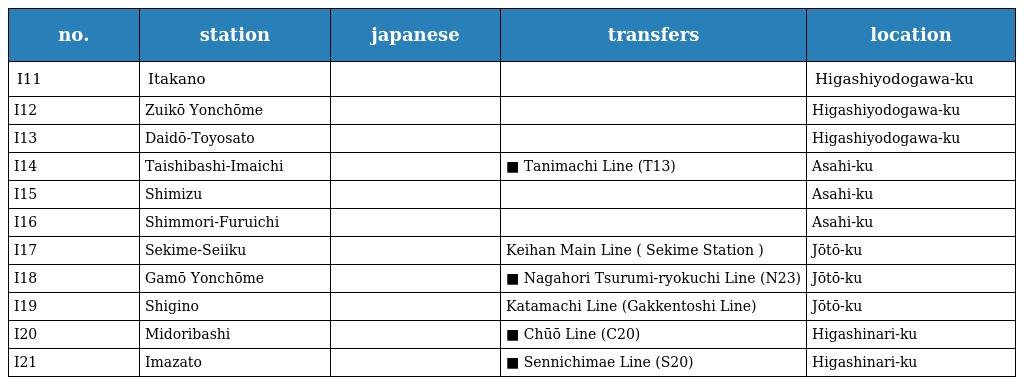
| no. | station | japanese | transfers | location |
 | --- | --- | --- | --- | --- |
 | I11 | Itakano | 井高野 |  | Higashiyodogawa-ku |
 | I12 | Zuikō Yonchōme | 瑞光四丁目 |  | Higashiyodogawa-ku |
 | I13 | Daidō-Toyosato | だいどう豊里 |  | Higashiyodogawa-ku |
 | I14 | Taishibashi-Imaichi | 太子橋今市 | ■ Tanimachi Line (T13) | Asahi-ku |
 | I15 | Shimizu | 清水 |  | Asahi-ku |
 | I16 | Shimmori-Furuichi | 新森古市 |  | Asahi-ku |
 | I17 | Sekime-Seiiku | 関目成育 | Keihan Main Line ( Sekime Station ) | Jōtō-ku |
 | I18 | Gamō Yonchōme | 蒲生四丁目 | ■ Nagahori Tsurumi-ryokuchi Line (N23) | Jōtō-ku |
 | I19 | Shigino | 鴫野 | Katamachi Line (Gakkentoshi Line) | Jōtō-ku |
 | I20 | Midoribashi | 緑橋 | ■ Chūō Line (C20) | Higashinari-ku |
 | I21 | Imazato | 今里 | ■ Sennichimae Line (S20) | Higashinari-ku |